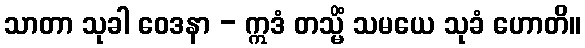
သာတာ သုခါ ဝေဒနာ - ဣဒံ တသ္မိံ သမယေ သုခံ ဟောတိ။